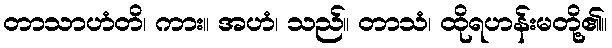
တာသာဟံတိ၊ ကား။ အဟံ၊ သည်။ တာသံ၊ ထိုရဟန်းမတို့၏။